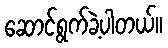
ဆောင်ရွက်ခဲ့ပါတယ်။